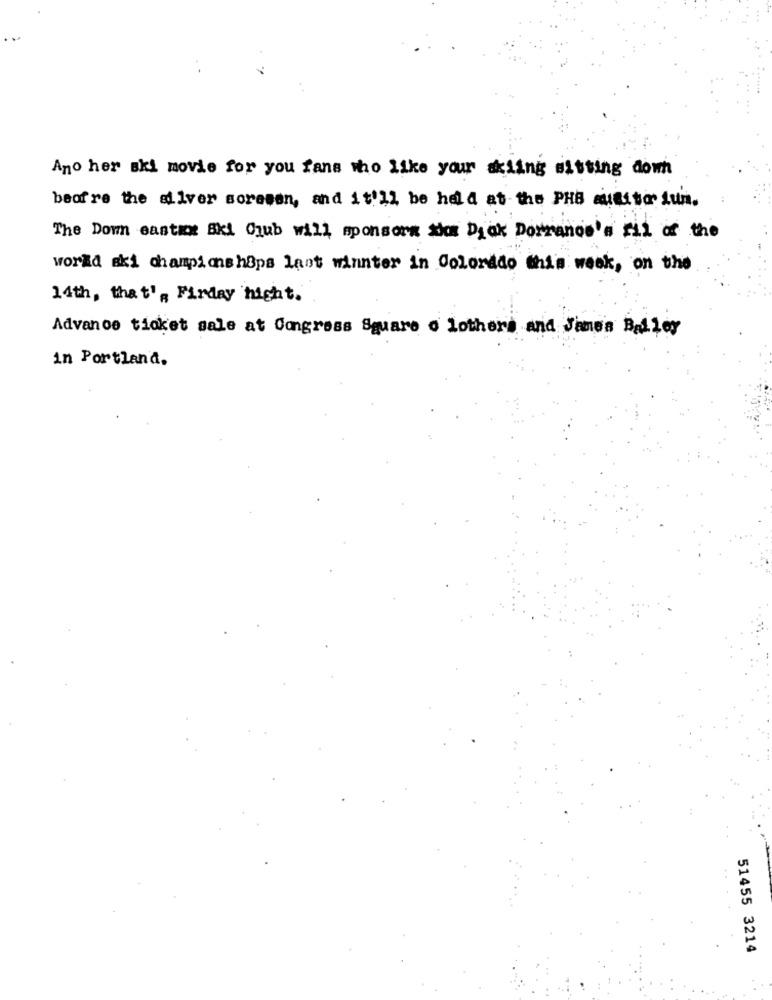
Ano her ski movie for you fans who like your skiing sitting down
beofre the silver soresen, and it'll be held at the PHB auditor iun.
The Down eastace Bki Club will sponsors them Drak Dorranos'a Fil of the
world ski championships last winter in Colorado this week, on the
14th, that', Firday night.
Advance ticket sale at Congress Square o Lothers and James Bailey
in Portland.
51455 3214